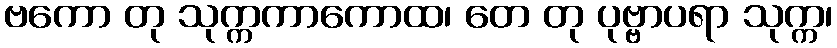
ဗကော တု သုက္ကကာကောထ၊ တေ တု ပုဗ္ဗာပရာ သုက္က၊